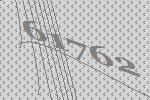
61762